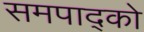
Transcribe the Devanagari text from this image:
समपाद्को